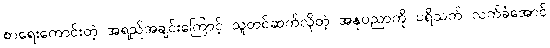
စာရေးကောင်းတဲ့ အရည်အချင်းကြောင့် သူတင်ဆက်လိုတဲ့ အနုပညာကို ပရိသတ် လက်ခံအောင်